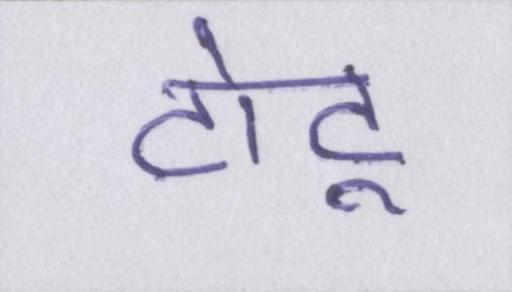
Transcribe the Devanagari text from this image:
टोटू